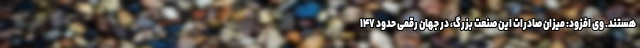
هستند. وی افزود: میزان صادرات این صنعت بزرگ، در جهان رقمی حدود ۱۴۷